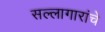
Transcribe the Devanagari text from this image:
सल्लागारांचे